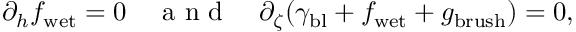
\partial _ { h } f _ { \mathrm { w e t } } = 0 \quad \mathrm { ~ a ~ n ~ d ~ } \quad \partial _ { \zeta } ( \gamma _ { \mathrm { b l } } + f _ { \mathrm { w e t } } + g _ { \mathrm { b r u s h } } ) = 0 ,